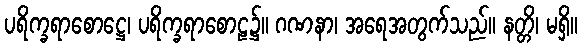
ပရိက္ခရာစောဋ္ဌေ၊ ပရိက္ခရာစောဠ၌။ ဂဏနာ၊ အရေအတွက်သည်။ နတ္တိ၊ မရှိ။